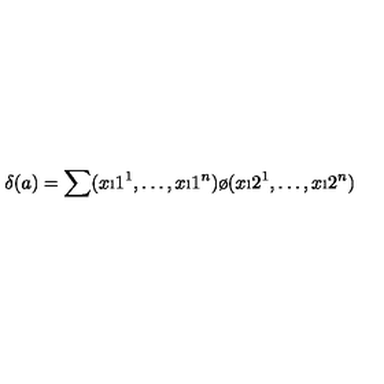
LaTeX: \delta ( a ) = \sum ( x \i 1 ^ { 1 } , \dots , x \i 1 ^ { n } ) \o ( x \i 2 ^ { 1 } , \dots , x \i 2 ^ { n } )